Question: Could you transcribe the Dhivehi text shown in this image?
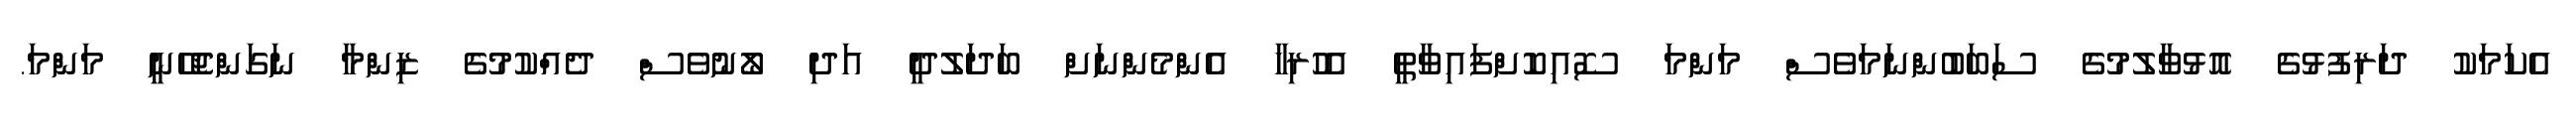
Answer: އެކަމަކު ދަރިފުޅުގެ އޮޅުވާލުމުގެ ސަބަބުންނަމަވެސް މަންމަ ސޮއިކޮށްފައިވާތީ އެހުރިހާ އެންމެންނަށް ބަދަލުދީ އަދި ލޯނުވެސް ދެއްކުމުގެ ޒިންމާ ނަގަންޖެހޭނީ މަންމަ.